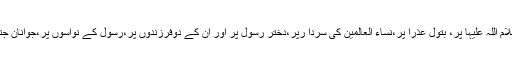
درود ہو سیدہ فاطمہ سلام اللہ علیہا پر، بتول عذرا پر،نساء العالمین کی سردا رپر،دختر رسول پر اور اُن کے دوفرزندوں پر،رسول کے نواسوں پر،جوانانِ جنت کے سرداروں پر“۔